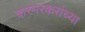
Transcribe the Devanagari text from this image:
करमरकरांच्या